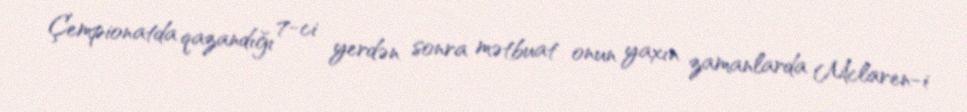
Çempionatda qazandığı 7-ci yerdən sonra mətbuat onun yaxın zamanlarda Mclaren-i